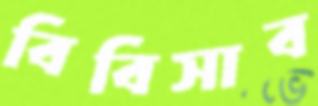
বিবিসাব